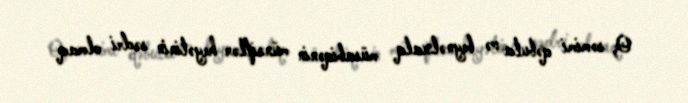
O, səmimi qəbula və beynəlxalq müsabiqənin münsiflər heyətinin sədri olmaq